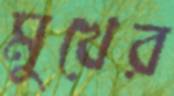
মুখের